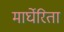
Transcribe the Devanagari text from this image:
मार्घेरिता